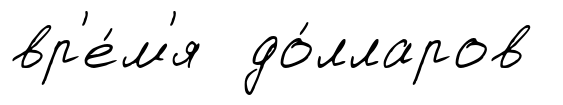
вр'е́м'я до́лларов